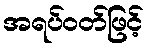
အရပ်ဝတ်ဖြင့်